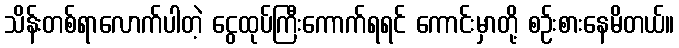
သိန်းတစ်ရာလောက်ပါတဲ့ ငွေထုပ်ကြီးကောက်ရရင် ကောင်းမှာတို့ စဉ်းစားနေမိတယ်။